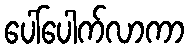
ပေါ်ပေါက်လာကာ